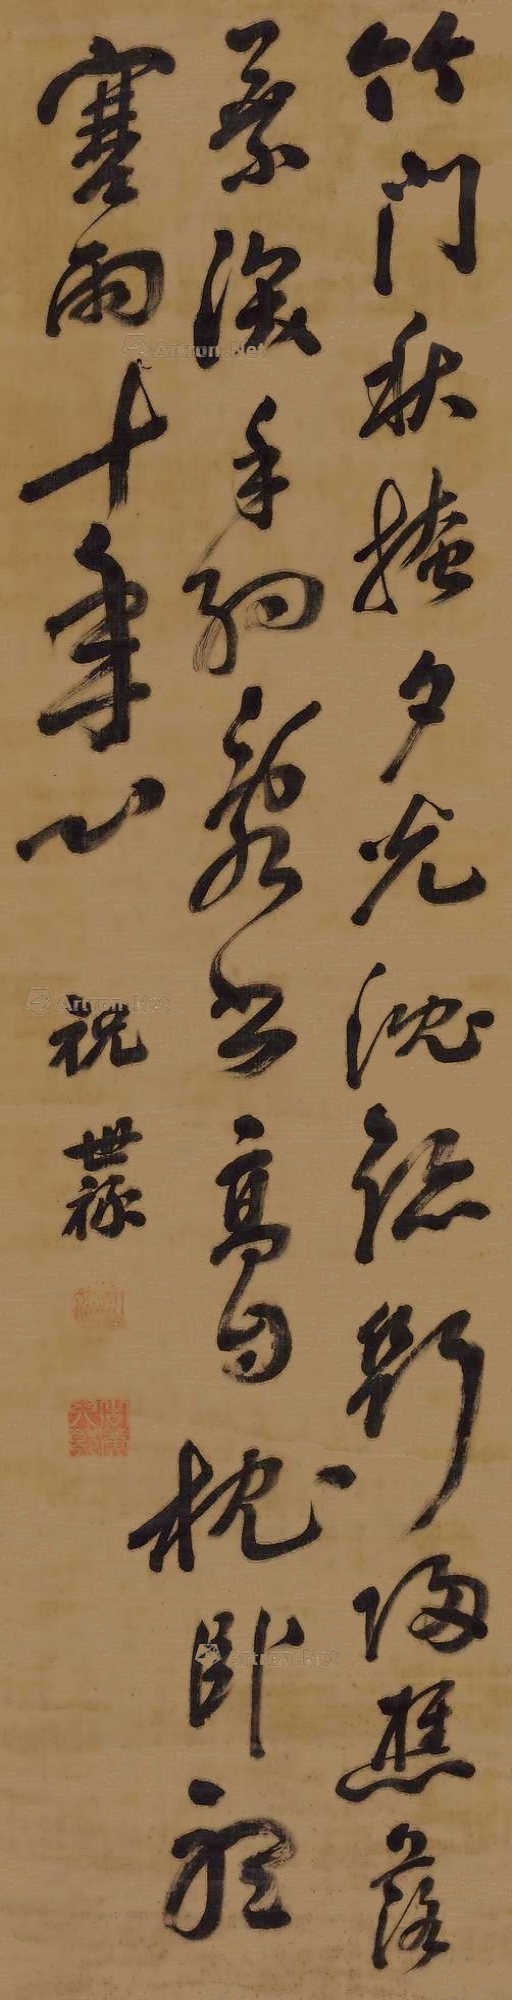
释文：竹门秋掩夕光沉，迹断归樵落叶深。手约乱书高自枕，卧听寒雨十年心。祝世禄。